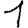
Digit: 1